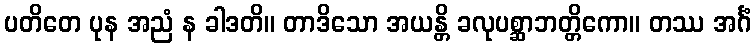
ပတိတေ ပုန အညံ န ခါဒတိ။ တာဒိသော အယန္တိ ခလုပစ္ဆာဘတ္တိကော။ တဿ အင်္ဂံ